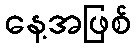
နေ့အဖြစ်